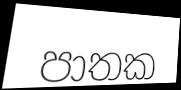
පාතක